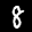
Label: 8